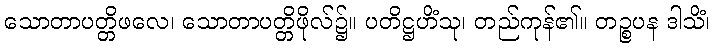
သောတာပတ္တိဖလေ၊ သောတာပတ္တိဖိုလ်၌။ ပတိဋ္ဌဟိံသု၊ တည်ကုန်၏။ တဉ္စပန ဒါသိံ၊